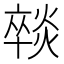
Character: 𭶈